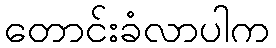
တောင်းခံလာပါက